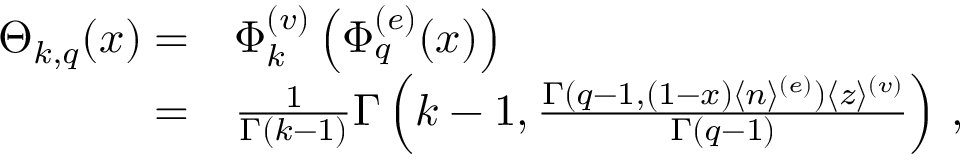
\begin{array} { r l } { \Theta _ { k , q } ( x ) = } & { { } \Phi _ { k } ^ { ( v ) } \left( \Phi _ { q } ^ { ( e ) } ( x ) \right) } \\ { = } & { { } \frac { 1 } { \Gamma ( k - 1 ) } \Gamma \left( k - 1 , \frac { \Gamma ( q - 1 , ( 1 - x ) \langle n \rangle ^ { ( e ) } ) \langle z \rangle ^ { ( v ) } } { \Gamma ( q - 1 ) } \right) \, , } \end{array}